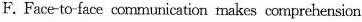
F. Face-to-face con munication makes comprehension